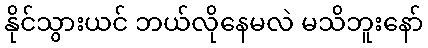
နိုင်သွားယင် ဘယ်လိုနေမလဲ မသိဘူးနော်